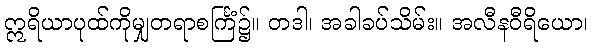
ဣရိယာပုထ်ကိုမျှတရာစင်္ကြံ၌။ တဒါ၊ အခါခပ်သိမ်း။ အလီနဝီရိယော၊